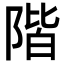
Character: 階